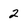
Character: 2